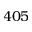
4 0 5